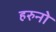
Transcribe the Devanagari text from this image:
हरुनो